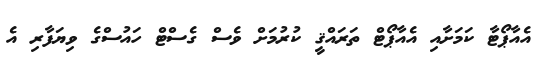
އެއާޕޯޓާ ކަމަށާއި އެއާޕޯޓް ތަރައްޤީ ކުރުމަށް ވެސް ގެސްޓް ހައުސްގެ ވިޔަފާރި އެ